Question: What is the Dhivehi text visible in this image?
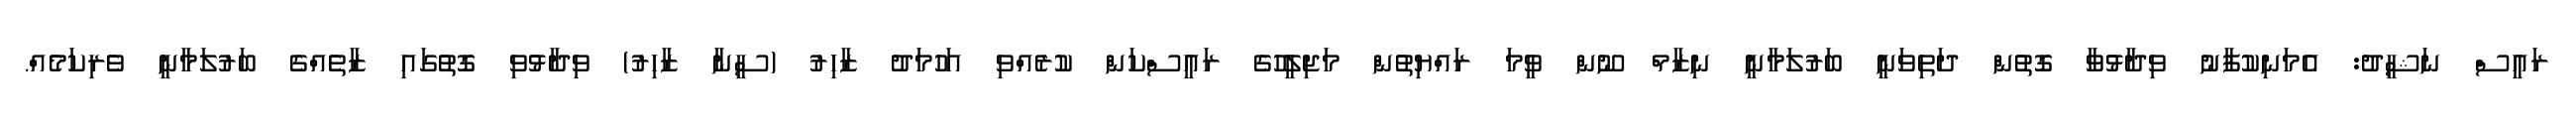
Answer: ރައީސް ނަޝީދު: އެމަނިކުފާނު ވިދާޅުވާ ގޮތުން ދަތިވަނީ ބަރުލަމާނީ ނިޒާމް ނޫން ވީމަ ރައްޔިތުން މަޖިލީހުގެ ރައީސްކަން ކުރެއްވި އަހުމަދު ޒާހިރު (ސީނާ ޒާހިރު) ވިދާޅުވި ގޮތުގައި ޒާތެއްގެ ބަރުލަމާނީ ވެރިކަމެއް.